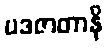
ပဒဇာတာနိ